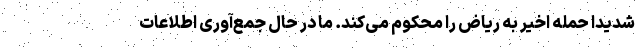
شدیدا حمله اخیر به ریاض را محکوم می‌کند. ما در حال جمع‌آوری اطلاعات